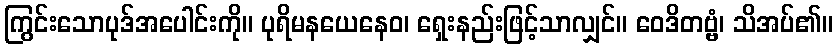
ကြွင်းသောပုဒ်အပေါင်းကို။ ပုရိမနယေနေဝ၊ ရှေးနည်းဖြင့်သာလျှင်။ ဝေဒိတဗ္ဗံ၊ သိအပ်၏။